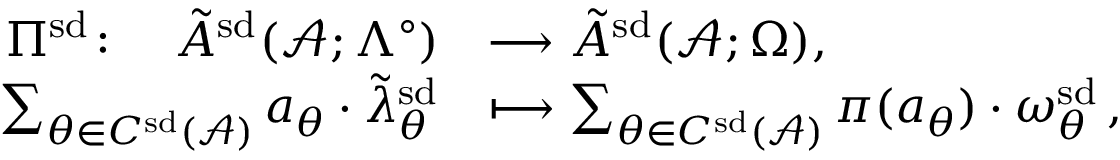
\begin{array} { r l } { \Pi ^ { \smash { \mathrm { s d } } } \colon \quad \tilde { A } ^ { \smash { \mathrm { s d } } } ( \mathcal { A } ; \Lambda ^ { \circ } ) } & { \longrightarrow \tilde { A } ^ { \smash { \mathrm { s d } } } ( \mathcal { A } ; \Omega ) , } \\ { \sum _ { \theta \in C ^ { \smash { \mathrm { s d } } } ( \mathcal { A } ) \vphantom { ^ 0 } } a _ { \theta } \cdot \tilde { \lambda } _ { \theta } ^ { \smash { \mathrm { s d } } } } & { \longmapsto \sum _ { \theta \in C ^ { \smash { \mathrm { s d } } } ( \mathcal { A } ) \vphantom { ^ 0 } } \pi ( a _ { \theta } ) \cdot \omega _ { \theta } ^ { \smash { \mathrm { s d } } } \, , } \end{array}